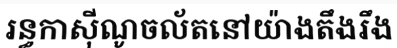
រន្ធកាស៊ីណូចល័តនៅយ៉ាងតឹងរឹង